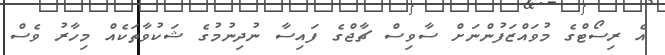
އެ ރިސޯޓްގެ މުވައްޒަފުންނަށް ސާވިސް ޗާޖްގެ ފައިސާ ނުދިނުމުގެ ޝަކުވާތަކެއް މިހާރު ވެސް